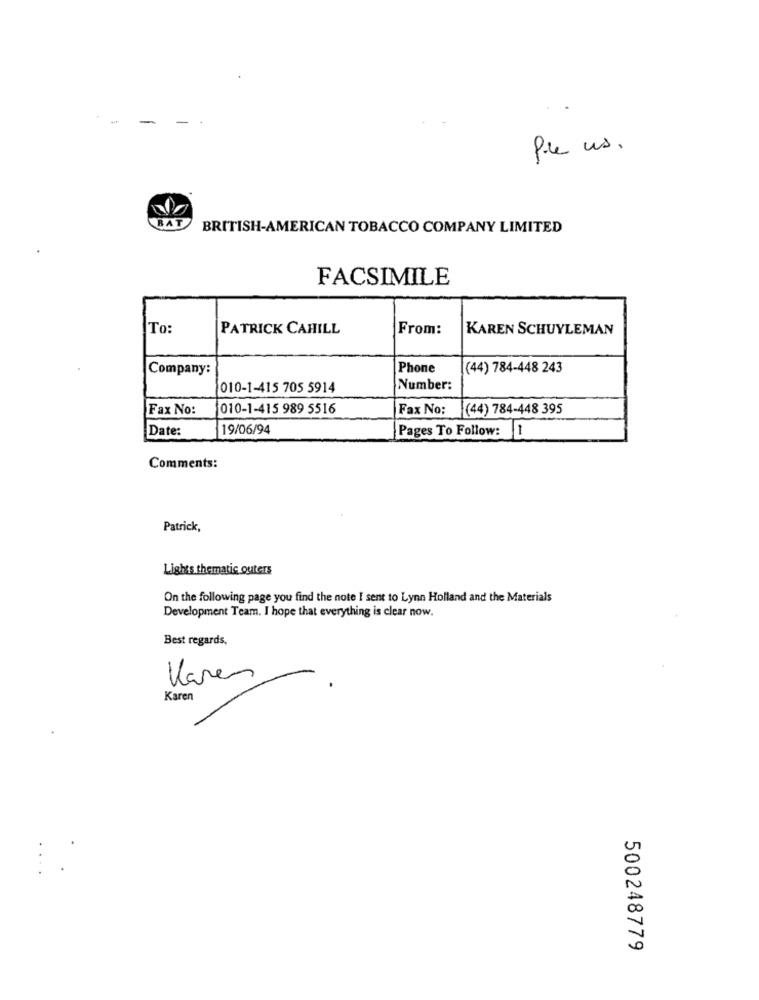
Pile us.
BAT
BRITISH-AMERICAN TOBACCO COMPANY LIMITED
FACSIMILE
To:
PATRICK CAHILL
From:
KAREN SCHUYLEMAN
Company:
Phone
(44) 784-448 243
010-1-415 705 5914
Number:
Fax No:
1010-1-415 989 5516
Fax No:
(44) 784-448 395
Date:
19/06/94
Pages To Follow: 1
Comments:
Patrick,
Lights thematic outers
On the following page you find the note I sent to Lynn Holland and the Materials
Development Team. I hope that everything is clear now.
Best regards,
.
Karen
Karen
500248779